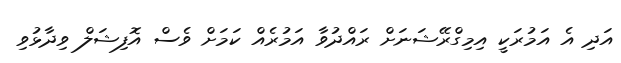
އަދި އެ އަމުރަކީ އިމިގްރޭޝަނަށް ރައްދުވާ އަމުރެއް ކަމަށް ވެސް އޮފިޝަލް ވިދާޅުވި